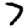
Digit: 7